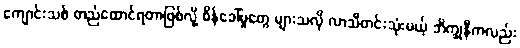
ကျောင်းသစ် တည်ထောင်ရတာဖြစ်လို့ စိန်ခေါ်မှုတွေ များသလို လာသီတင်းသုံးမယ့် ဘိက္ခုနီကလည်း